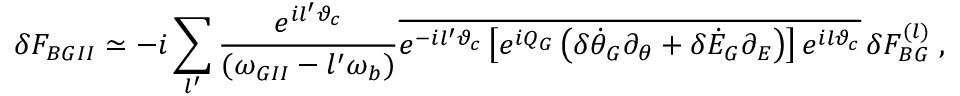
\delta F _ { B G I I } \simeq - i \sum _ { l ^ { \prime } } \frac { e ^ { i l ^ { \prime } \vartheta _ { c } } } { ( \omega _ { G I I } - l ^ { \prime } \omega _ { b } ) } \overline { { e ^ { - i l ^ { \prime } \vartheta _ { c } } \left[ e ^ { i Q _ { G } } \left( \delta \dot { \theta } _ { G } \partial _ { \theta } + \delta \dot { \cal E } _ { G } \partial _ { \cal E } \right) \right] e ^ { i l \vartheta _ { c } } } } \, \delta F _ { B G } ^ { ( l ) } \; ,